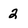
Character: 2